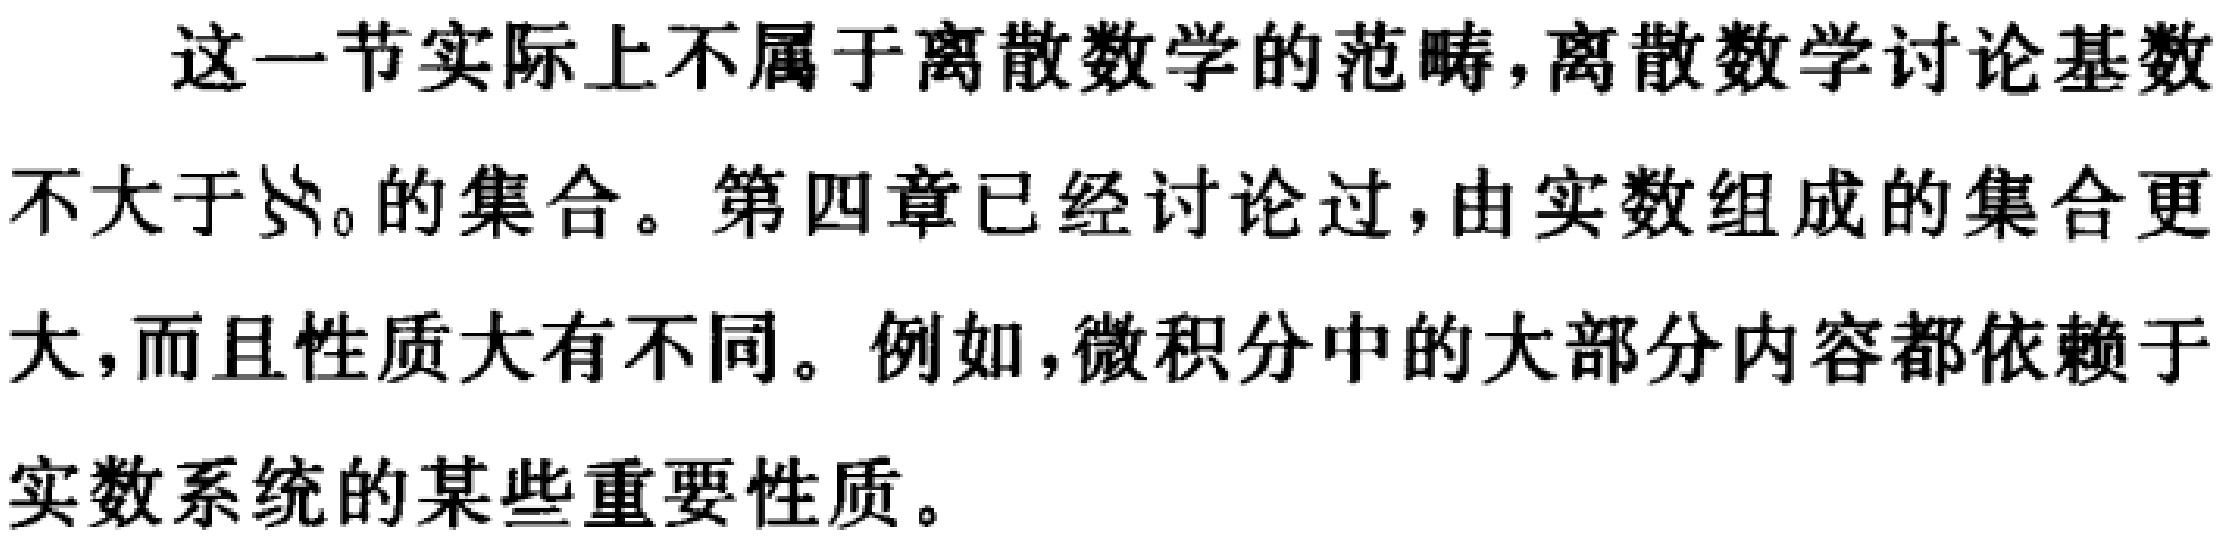
这一节实际上不属于离散数学的范畴,离散数学讨论基数不大于$\aleph_0$的集合。第四章已经讨论过,由实数组成的集合更大,而且性质大有不同。例如,微积分中的大部分内容都依赖于实数系统的某些重要性质。